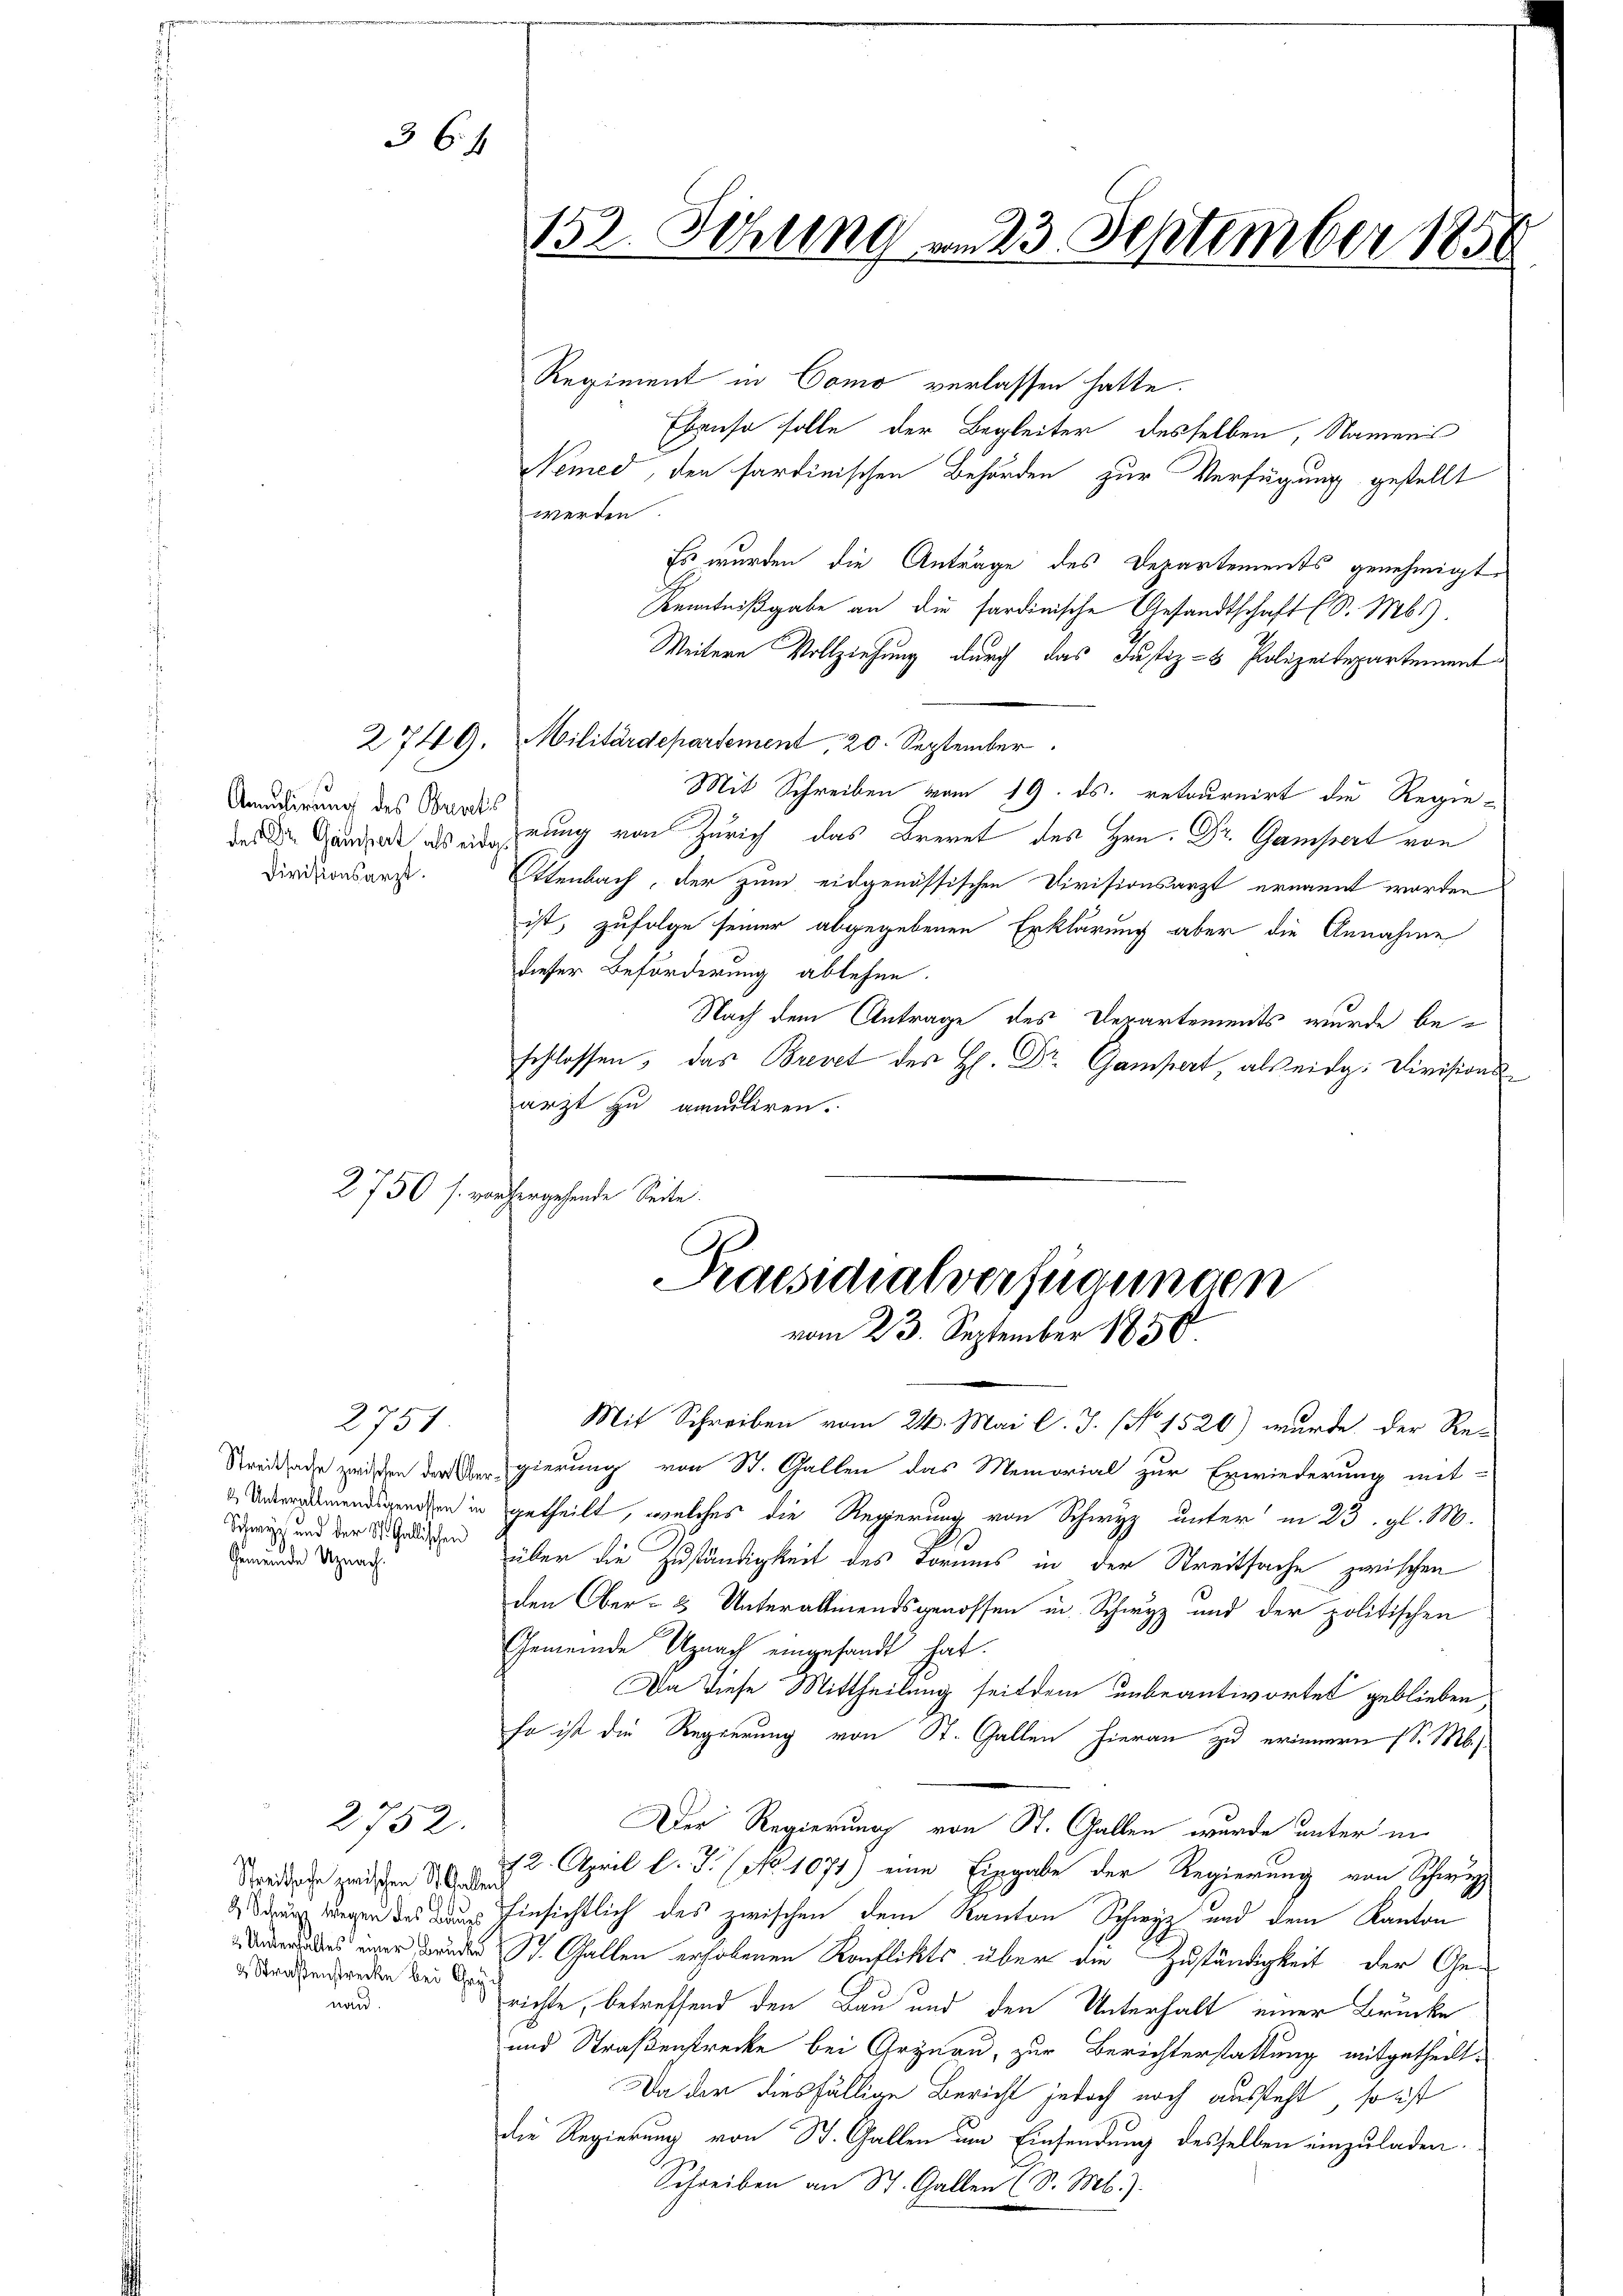
Anulirung des Burcks

2750 f.

2751
Schwyz und der St. Gallischen
Gemeinde Uznach.

2749.

Streitsache zwischen St. Gallen
& Straßenstrecke bei Geg
nand.

2752.

36 f.

Regiment in Como verlassen hatte.
Ebenso solle der Begleiter desselben, Namens
Nemed, den sardinischen Behörden zur Verfügung gestellt
werden
Es wurden die Anträge des Departements genehmigt.
Kenntnißgabe an die sardinische Gesandtschaft (S. Mbs).
Weitern Vollziehung durch das Justiz- & Polizeisepartement
Militärdepartement, 20. September
Mit Schreiben vom 19. ds. retournirt die Regiedas die Grunde des errung von Zürich das Brevet des Hrn. Dr. Gampert von
Dirdzionsarzt. Ettenbach, der zum eidgenössischen Divisionsarzt ernannt worden
ist, zufolge seiner abgegebenen Erklärung aber die Annahme
dieser Beförderung ablehne.
Nach dem Antrage des Departements wurde beschlossen a. a. v
arzt zu amuliren.
ehergehende Seite.
Praesidialverfügungen

152. Sitzung am 23. September 1850

vom 23. September 1856.

Mit Schreiben vom 24. Mai l. J. No 1520) wurde der Re-
Streitage zwischen der Vergierung von St. Gallen das Memorial zur Erwiederung mit-
Undernemendigenden in getheilt, welches die Regierung von Schwyz unter in 23. gl. M.
über die Zuständigkeit des Tornis in der Streitsache zwischen
den Ober- & Unterallmendsgenossen in Schwyz und der politischen
Gemeinde Uznach eingesandt hat.
Da diese Mittheilung seitdem unbeantwortet geblieben,
so ist die Regierung von St. Gallen hieran zu erinnern (S. M.
Der Regierung von St. Gallen wurde unter in
12. April l. J. (No. 1071) eine Eingabe der Regierung von Schwerz
drung wiegen des Dan hinsichtlich des zwischen dem Kanton Schwyz und dem Kanton
des er Bunde St. Gallen erhobenen Konflikts über die Zuständigkeit der Gerichte, betreffend den Bau und den Unterhalt einer Brücke
und Straßenstrecke bei Grynau, zur Berichterstattung mitgetheilt.
Da der diesfällige Bericht jedoch noch aussteht, so ist
die Regierung von St. Gallen um Einsendung desselben einzuladen
Schreiben an St. Gallen (S. Mb.).